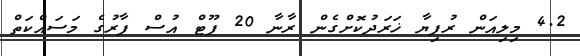
4.2 މިލިއަން ރުފިޔާ ޚަރަދުކޮށްގެން ރާނާ 20 ފޫޓް އުސް ފާރުގެ މަސައްކަތް